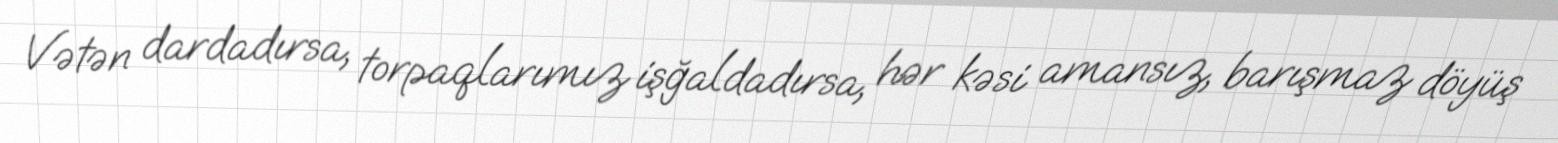
Vətən dardadırsa, torpaqlarımız işğaldadırsa, hər kəsi amansız, barışmaz döyüş